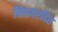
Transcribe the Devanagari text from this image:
निश्चयरहित